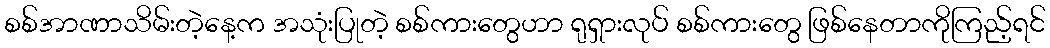
စစ်အာဏာသိမ်းတဲ့နေ့က အသုံးပြုတဲ့ စစ်ကားတွေဟာ ရုရှားလုပ် စစ်ကားတွေ ဖြစ်နေတာကိုကြည့်ရင်